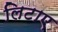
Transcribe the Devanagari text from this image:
लिटाए